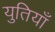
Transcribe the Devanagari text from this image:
युतियाँ